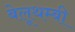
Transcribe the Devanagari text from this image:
बेलूथम्बी